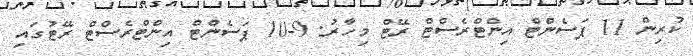
ކުރިން 11 ޕަސެންޓް އިންޓްރެސްޓް ރޭޓް މިހާރު: 9-10 ޕަސެންޓް އިންޓްރެސްޓް ރޭޓުގައި